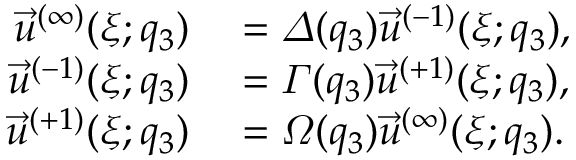
\begin{array} { r l } { { \Vec { u } ^ { ( \infty ) } ( \xi ; q _ { 3 } ) } } & { { } { { } = \varDelta ( q _ { 3 } ) \Vec { u } ^ { ( - 1 ) } ( \xi ; q _ { 3 } ) , } } \\ { { \Vec { u } ^ { ( - 1 ) } ( \xi ; q _ { 3 } ) } } & { { } { { } = \varGamma ( q _ { 3 } ) \Vec { u } ^ { ( + 1 ) } ( \xi ; q _ { 3 } ) , } } \\ { { \Vec { u } ^ { ( + 1 ) } ( \xi ; q _ { 3 } ) } } & { { } { { } = \varOmega ( q _ { 3 } ) \Vec { u } ^ { ( \infty ) } ( \xi ; q _ { 3 } ) . } } \end{array}